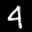
Label: 4